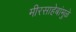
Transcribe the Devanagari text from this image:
मीरसाहेबांमुळे